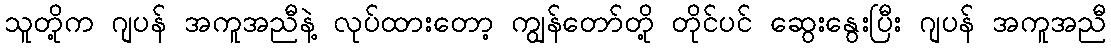
သူတို့က ဂျပန် အကူအညီနဲ့ လုပ်ထားတော့ ကျွန်တော်တို့ တိုင်ပင် ဆွေးနွေးပြီး ဂျပန် အကူအညီ